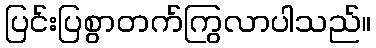
ပြင်းပြစွာတက်ကြွလာပါသည်။